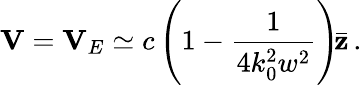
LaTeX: {\mathbf V}={\mathbf V}_{E}\simeq c\left(1-\frac{1}{4k_{0}^{2}w^{2}}\right)\! \bar{\mathbf z}\, .